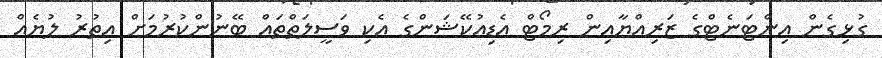
ގުޅިގެން އިންޓަނެޓްގެ ޒަރިއްޔާއިން ރިމޯޓް އެޑިއުކޭޝަންގެ އެކި ވަސީލަތްތައް ބޭނުންކުރުމަށް އިތުރު ލުޔެއް